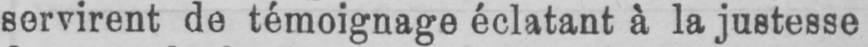
servirent de témoignage éclatant à la justesse